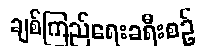
ချစ်ကြည်ရေးခရီးစဉ်